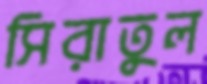
সিরাতুল